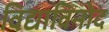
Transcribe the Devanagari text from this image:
विद्याविनोद